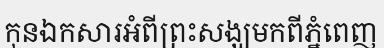
កុនឯកសារអំពីព្រះសង្ឃមកពីភ្នំពេញ